Lunatic asylums Madras 1892-1911 - 1892-1911
Year: 1892
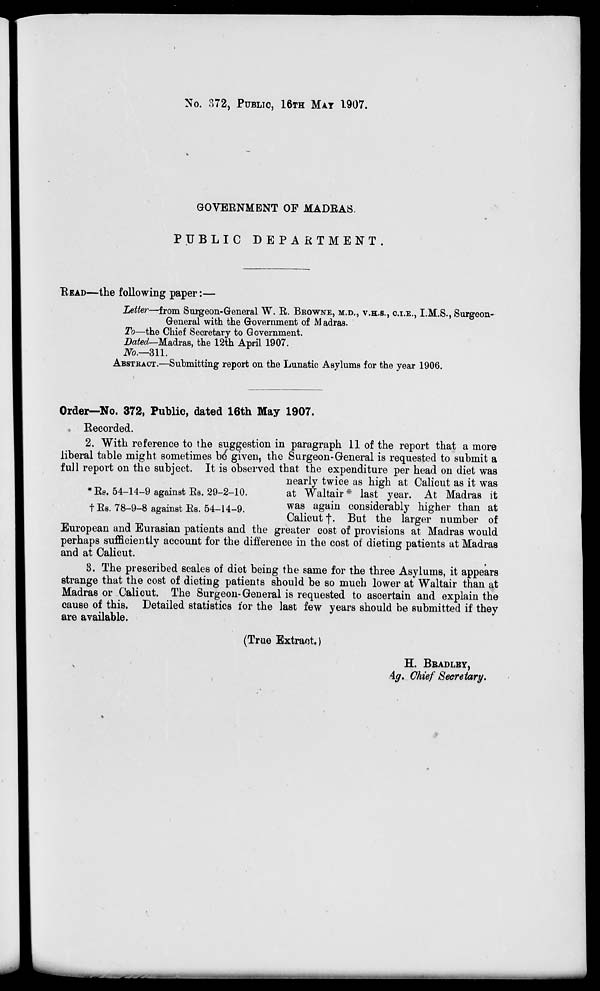
No. 372, PUBLIC, 16TH MAT 1.907.
GOVERNMENT OF MADRAS.
PUBLIC DEPARTMENT
READ—the following paper:—
Letter—from Surgeon-General W. R. BROWNE, M.D., V.H.S., C.I.E., I.M.S., Surgeon-
General with the Government of M adras.
To—the Chief Secretary to Government.
Dated—Madras, the 12th April 1907.
No.—311.
ABSTRACT.—Submitting report on the Lunatic Asylums for the year 1906.
Order—No. 372, Public, dated 16th May 1907.
* Recorded.
2. With reference to the suggestion in paragraph 11 of the report that a more
liberal table might sometimes be given, the Surgeon-General is requested to submit a
full report on the subject. It is observed that the expenditure per head on diet was
nearly twice as high at Calicut as it was
*Rs. 54-14-9 against Rs. 29-2-10.
at Waltair * last year. At Madras it
tRs. 78-9-8 against Rs. 54-14-9.
was . a S ain considerably higher than at
Calicut f. But the larger number of
European and Eurasian patients and the greater cost of provisions at Madras would
perhaps sufficiently account for the difference in the cost of dieting patients at Madras
and at Calicut.
3. The prescribed scales of diet being the same for the three Asylums, it appears
strange that the cost of dieting patients should be so much lower at Waltair than at
Madras or Calicut. The Surgeon-General is requested to ascertain and explain the
cause of this. Detailed statistics tor the last few years should be submitted if they
are available.
(True Extraot.)
H. BBADLEY,
Ag. Chief Secretary.